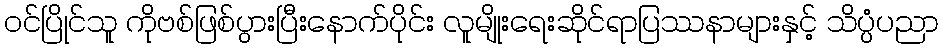
ဝင်ပြိုင်သူ ကိုဗစ်ဖြစ်ပွားပြီးနောက်ပိုင်း လူမျိုးရေးဆိုင်ရာပြဿနာများနှင့် သိပ္ပံပညာ